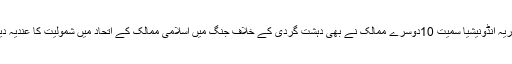
جمہوریہ انڈونیشیا سمیت 10دوسرے ممالک نے بھی دہشت گردی کے خلاف جنگ میں اسلامی ممالک کے اتحاد میں شمولیت کا عندیہ دیا ہے۔